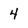
Character: 4